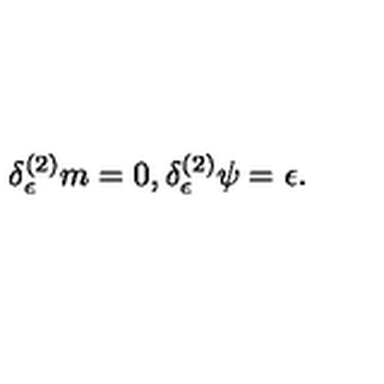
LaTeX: \delta _ { \epsilon } ^ { ( 2 ) } m = 0 , \delta _ { \epsilon } ^ { ( 2 ) } \psi = \epsilon .